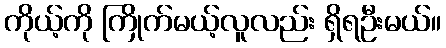
ကိုယ့်ကို ကြိုက်မယ့်လူလည်း ရှိရဦးမယ်။